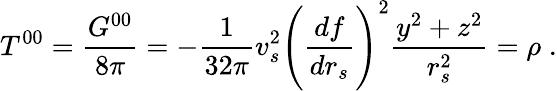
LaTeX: T^{00}=\frac{G^{00}}{8\pi}=-\frac{1}{32\pi}v_{s}^{2}\Bigg(\frac{df}{dr_{s}}\Bigg)^{2}\frac{y^{2}+z^{2}}{r_{s}^{2}}=\rho\; .